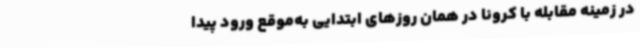
در زمینه مقابله با کرونا در همان روزهای ابتدایی به‌موقع ورود پیدا